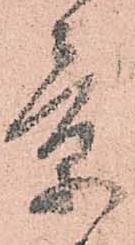
景